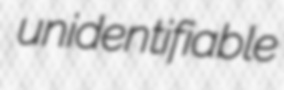
unidentifiable